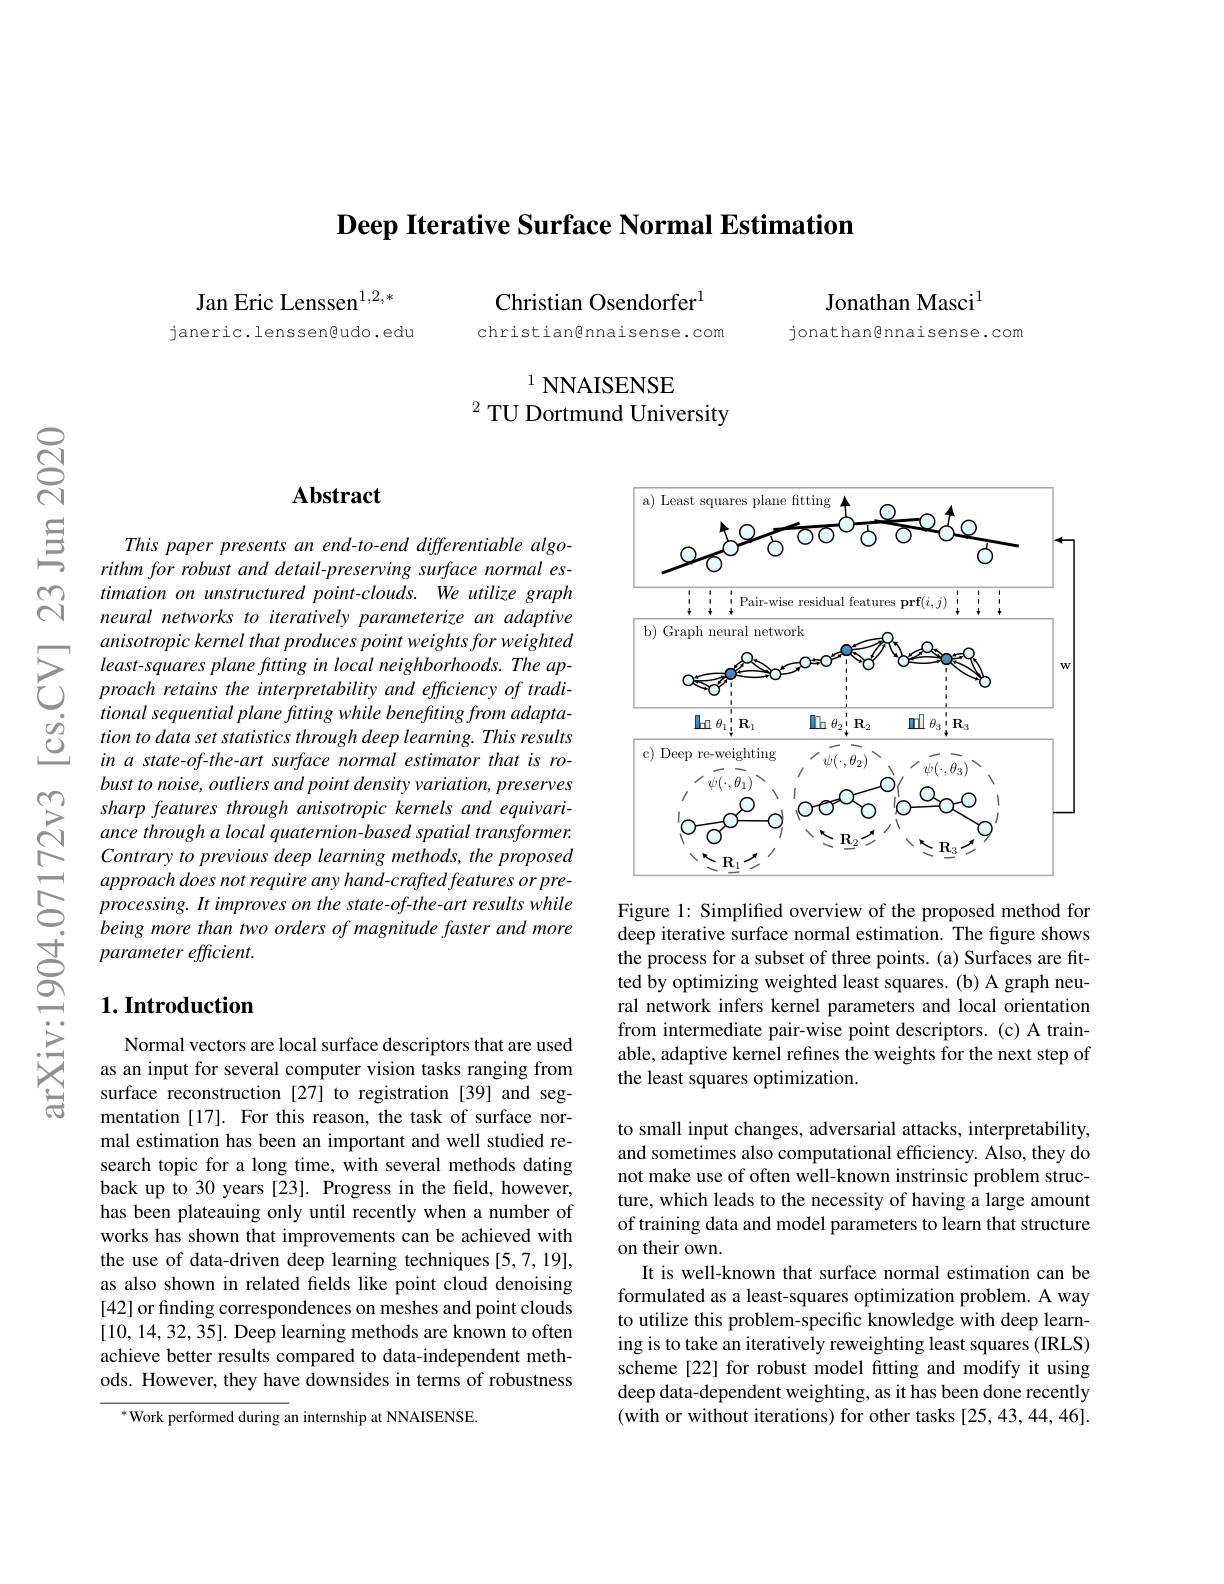
$\textbf{Deep Iterative Surface Normal Estimation}$

Jan Eric Lenssen$^{1,2,*}$ janeric.lenssen@udo.edu

Jonathan Masci$^{1}$

jonathan@nnaisense.com

Christian Osendorfer$^{1}$

christian@nnaisense.com

$^{1}$ NNAISENSE
$^{2}$ TU Dortmund University

## Abstract

This paper presents an end-to-end differentiable algorithm for robust and detail-preserving surface normal estimation on unstructured point-clouds. We utilize graph neural networks to iteratively parameterize an adaptive anisotropic kernel that produces point weights for weighted least-squares plane ftting in local neighborhoods. The approach retains the interpretability and efficiency of traditional sequential plane ftting while benefting from adaptation to data set statistics through deep learning. This results in a state-of-the-art surface normal estimator that is robust to noise, outliers and point density variation, preserves sharp features through anisotropic kernels and equivariance through a local quaternion-based spatial transformer. Contrary to previous deep learning methods, the proposed approach does not require any hand-crafted features or pre- $processing.It$ improves on the state-of-the-art results while being more than two orders of magnitude faster and more parameter efficient.

## $1. \textbf{Introduction}$

Normal vectors are local surface descriptors that are used as an input for several computer vision tasks ranging from surface reconstruction [27] to registration [39] and segmentation [17]. For this reason, the task of surface normal estimation has been an important and well studied research topic for a long time, with several methods dating back up to 30 years [23]. Progress in the field, however, has been plateauing only until recently when a number of works has shown that improvements can be achieved with the use of data-driven deep learning techniques [5,7,19], as also shown in related fields like point cloud denoising [42] or finding correspondences on meshes and point clouds [10,14,32,35]. Deep learning methods are known to often achieve better results compared to data-independent methods. However, they have downsides in terms of robustness

$^*$Work performed during an internship at NNAISENSE.

<FigureHere>

Figure 1: Simplified overview of the proposed method for deep iterative surface normal estimation. The figure shows the process for a subset of three points. (a) Surfaces are fitted by optimizing weighted least squares. (b) A graph neural network infers kernel parameters and local orientation from intermediate pair-wise point descriptors. (c) A trainable, adaptive kernel refines the weights for the next step of the least squares optimization.

to small input changes, adversarial attacks, interpretability, and sometimes also computational efficiency. Also, they do not make use of often well-known instrinsic problem structure, which leads to the necessity of having a large amount of training data and model parameters to learn that structure on their own.
It is well-known that surface normal estimation can be formulated as a least-squares optimization problem. A way to utilize this problem-specific knowledge with deep learning is to take an iteratively reweighting least squares (IRLS) scheme[22] for robust model fitting and modify it using deep data-dependent weighting, as it has been done recently (with or without iterations) for other tasks[25,43,44,46].